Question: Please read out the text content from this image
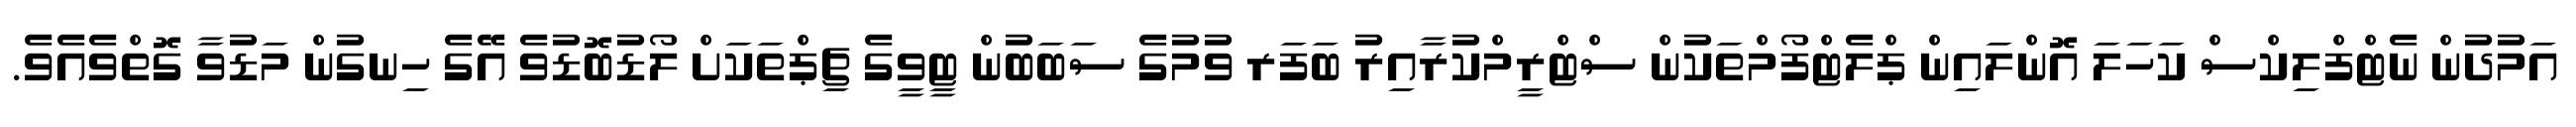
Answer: އަމުދުން ނެޓްފްލިކްސް ކަހަލަ އޮންލައިން ޕްލެޓްފޯމްތަކުން ސްޓްރީމްކުރާއިރު ބަފަރ ވުމުގެ ސަބަބުން ޓީވީގެ ޗިޕްތަކަށް ލޯޑުބޮޑުވެ އޭގެ ހިނގުން މަޑުވާ ގޮތްވެއެވެ.